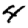
Digit: 4